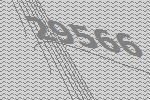
29566